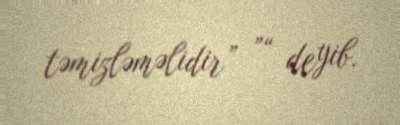
təmizləməlidir” ”“ deyib.